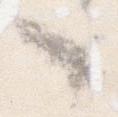
々